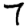
Digit: 7